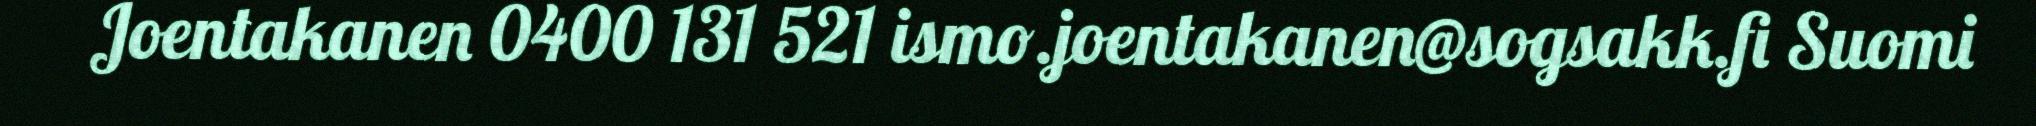
Joentakanen 0400 131 521 ismo.joentakanen@sogsakk.fi Suomi